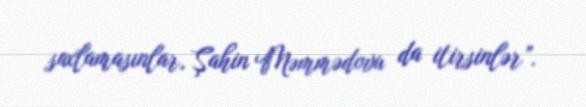
saxlamasınlar, Şahin Məmmədovu da itirsinlər”.